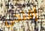
إفتحي